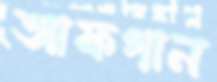
আফগান